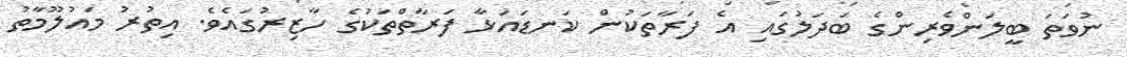
ނުވަތަ ބީލަންވެރިންގެ ބަދަލުގައި އެ ފަރާތަކުން ކަނޑައަޅާ ފަރާތްތަކުގެ ހާޒިރުގައެވެ. އިތުރު މައުލޫމާތު